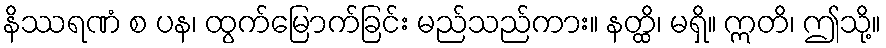
နိဿရဏံ စ ပန၊ ထွက်မြောက်ခြင်း မည်သည်ကား။ နတ္ထိ၊ မရှိ။ ဣတိ၊ ဤသို့။